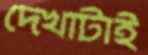
দেখাটাই